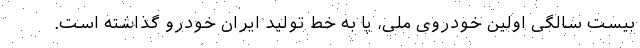
بیست سالگی اولین خودروی ملی، پا به خط تولید ایران خودرو گذاشته است.